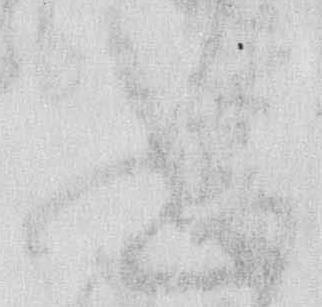
志